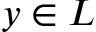
y \in L